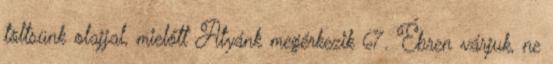
töltsünk olajjal, mielőtt Atyánk megérkezik 67. Ébren várjuk, ne